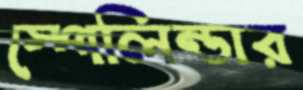
স্পেলিন্ডার